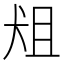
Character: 𰡈